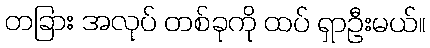
တခြား အလုပ် တစ်ခုကို ထပ် ရှာဦးမယ်။